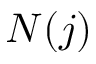
N ( j )